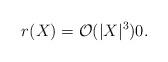
LaTeX: \begin{align*}r(X)=\mathcal{O}(|X|^3)0.\end{align*}